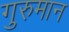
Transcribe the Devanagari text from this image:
गुरुमान